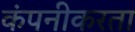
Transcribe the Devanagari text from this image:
कंपनीकरता